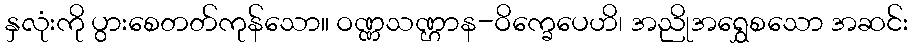
နှလုံးကို ပွားစေတတ်ကုန်သော။ ဝဏ္ဏသဏ္ဌာန-ဝိက္ခေပေဟိ၊ အညိုအရွှေစသော အဆင်း